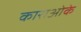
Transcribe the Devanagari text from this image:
काराओके